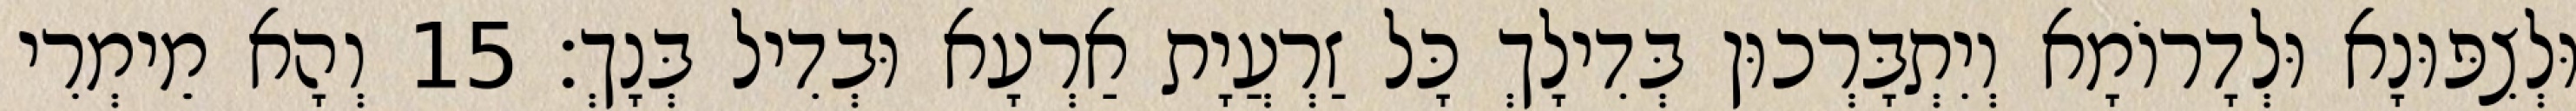
וּלְצִפּוּנָא וּלְדָרוֹמָא וְיִתְבָּרְכוּן בְּדִילָךְ כָּל זַרְעֲיָת אַרְעָא וּבְדִיל בְּנָךְ׃ 15 וְהָא מֵימְרִי